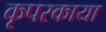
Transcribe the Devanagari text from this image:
कृपस्काया